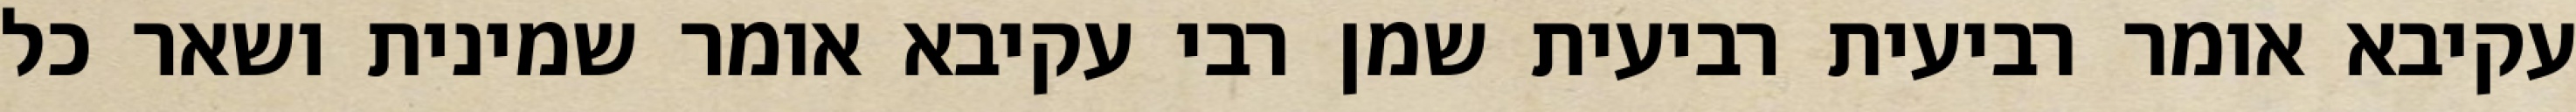
עקיבא אומר רביעית רביעית שמן רבי עקיבא אומר שמינית ושאר כל